Civil Veterinary Dept. Assam report 1927-50 - 1927-1950
Year: 1927
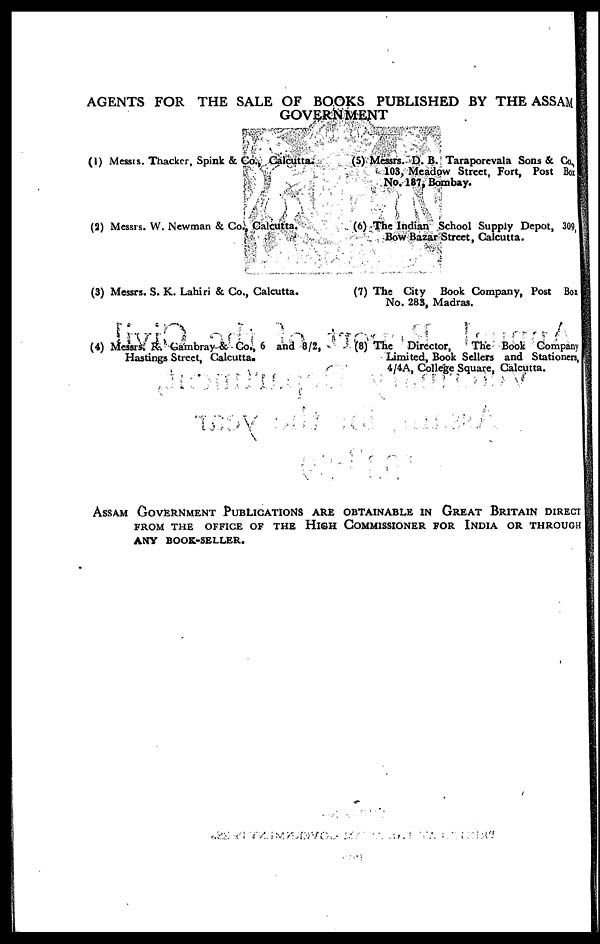
AGENTS FOR THE SALE OF BOOKS PUBLISHED BY THE ASSAM
GOVERNMENT
(1) Messrs. Thackcr, Spink & Co., Calcutta.
(2) Messrs. W. Newman & Co., Calcutta.
(3) Messrs. S. K. Lahiri & Co., Calcutta.
(4) Messrs. R. Gambray & Co., 6 and 8/2,
Hastings Street, Calcutta.
(5) Messrs. D. B. Taraporevala Sons & Co.
103, Meadow Street, Fort, Post Box
No. 187, Bombay.
(6) The Indian School Supply Depot, 309,
Bow Bazar Street, Calcutta.
(7) The City
Book Company, Post Box
No. 283, Madras.
(8) The
Director,
The Book Company
Limited, Book Sellers and Stationers,
4/4A, College Square, Calcutta.
ASSAM GOVERNMENT PUBLICATIONS ARE OBTAINABLE IN GREAT BRITAIN DIR
FROM THE OFFICE OF THE HIGH COMMISSIONER FOR INDIA OR THROUGH
ANY BOOK-SELLER.